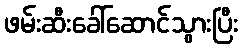
ဖမ်းဆီးခေါ်ဆောင်သွားပြီး